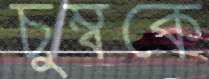
চুম্বকে